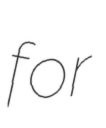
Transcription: for